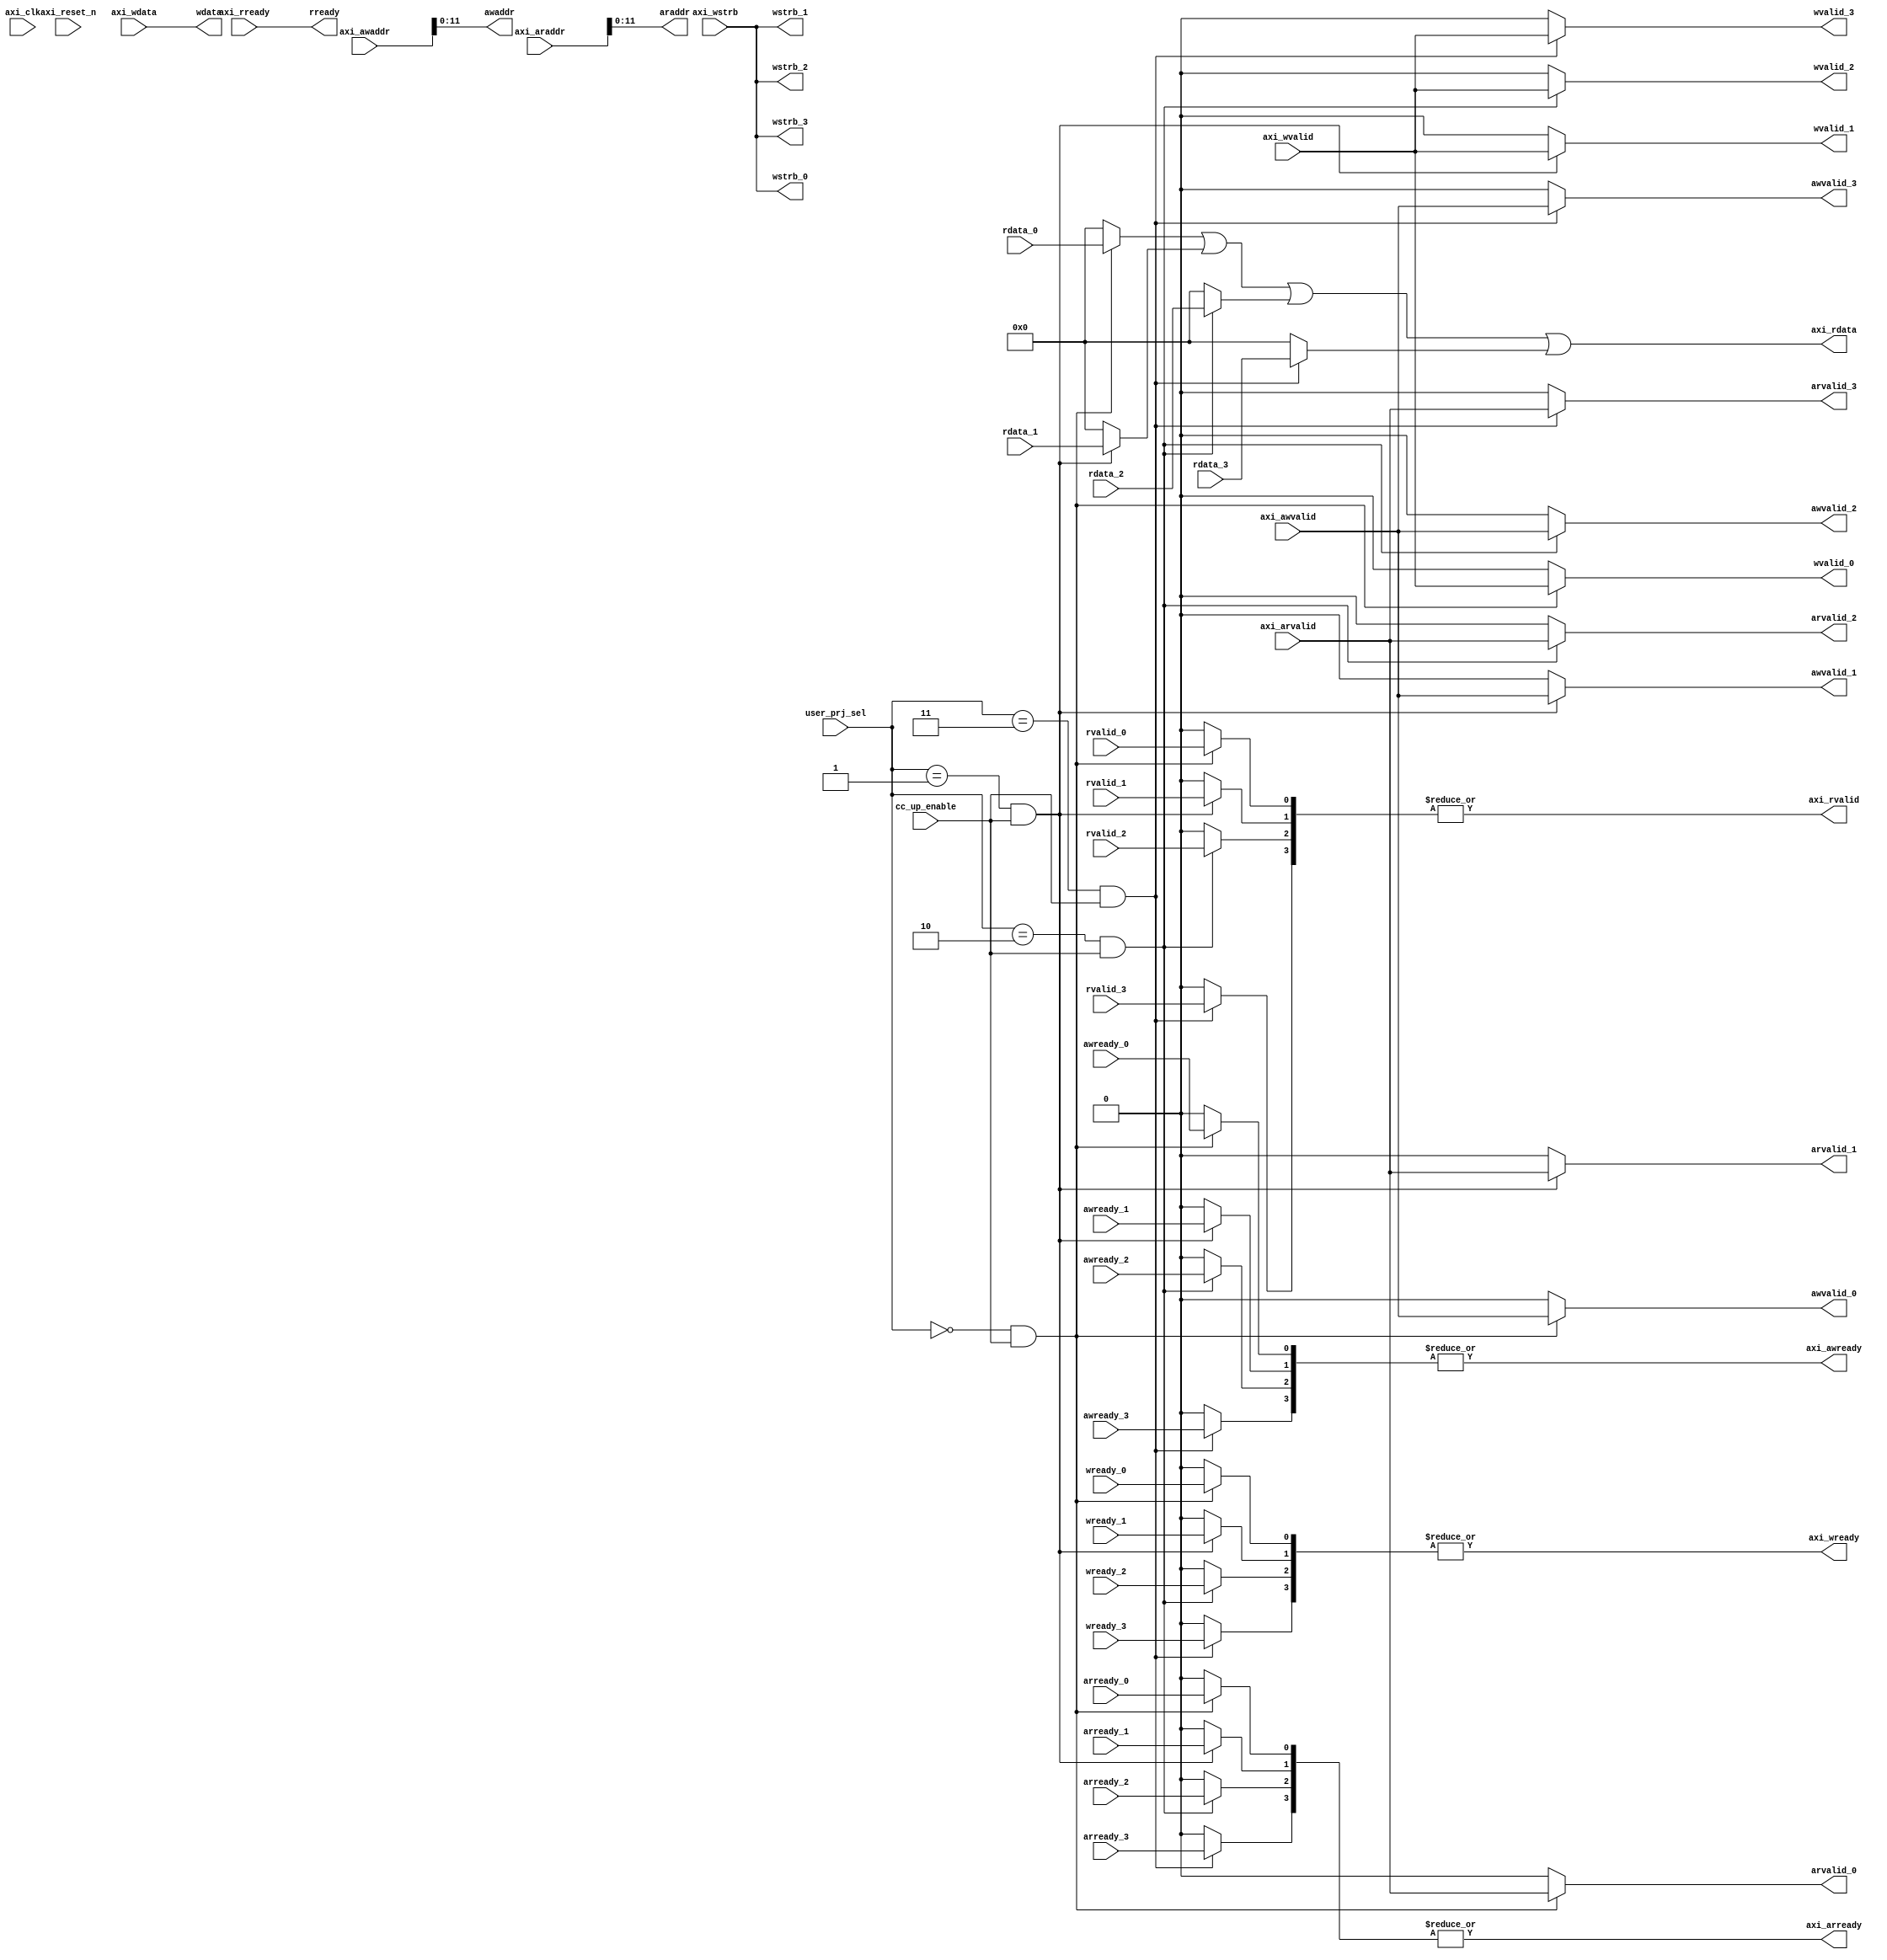
//////////////////////////////////////////////////////////////////////////////////
//
// Design Name:
// Module Name: AXIL_SLAV
// Project Name:
// Target Devices:
// Tool Versions:
// Description:
//
// Dependencies:
//
// Revision:
// Revision 0.01 - File Created
// Additional Comments:
//
//////////////////////////////////////////////////////////////////////////////////
module AXIL_SLAV #( parameter pADDR_WIDTH   = 12,
                    parameter pDATA_WIDTH   = 32
                  )
(
  input  wire                        awready_0,
  input  wire                        arready_0,
  input  wire                        wready_0,
  input  wire                        rvalid_0,
  input  wire  [(pDATA_WIDTH-1) : 0] rdata_0,
  input  wire                        awready_1,
  input  wire                        arready_1,
  input  wire                        wready_1,
  input  wire                        rvalid_1,
  input  wire  [(pDATA_WIDTH-1) : 0] rdata_1,
  input  wire                        awready_2,
  input  wire                        arready_2,
  input  wire                        wready_2,
  input  wire                        rvalid_2,
  input  wire  [(pDATA_WIDTH-1) : 0] rdata_2,
  input  wire                        awready_3,
  input  wire                        arready_3,
  input  wire                        wready_3,
  input  wire                        rvalid_3,
  input  wire  [(pDATA_WIDTH-1) : 0] rdata_3,
  output wire                        awvalid_0,
  output wire                [11: 0] awaddr,
  output wire                        arvalid_0,
  output wire                [11: 0] araddr,
  output wire                        wvalid_0,
  output wire                 [3: 0] wstrb_0,
  output wire  [(pDATA_WIDTH-1) : 0] wdata,
  output wire                        rready,
  output wire                        awvalid_1,
  output wire                        arvalid_1,
  output wire                        wvalid_1,
  output wire                 [3: 0] wstrb_1,
  output wire                        awvalid_2,
  output wire                        arvalid_2,
  output wire                        wvalid_2,
  output wire                 [3: 0] wstrb_2,
  output wire                        awvalid_3,
  output wire                        arvalid_3,
  output wire                        wvalid_3,
  output wire                 [3: 0] wstrb_3,
  input  wire                        axi_awvalid,
  input  wire                [14: 0] axi_awaddr,
  input  wire                        axi_arvalid,
  input  wire                [14: 0] axi_araddr,
  input  wire                        axi_wvalid,
  input  wire                 [3: 0] axi_wstrb,
  input  wire  [(pDATA_WIDTH-1) : 0] axi_wdata,
  input  wire                        axi_rready,
  input  wire                        cc_up_enable,
  output wire                        axi_awready,
  output wire                        axi_arready,
  output wire                        axi_wready,
  output wire                        axi_rvalid,
  output wire  [(pDATA_WIDTH-1) : 0] axi_rdata,
  input  wire                        axi_clk,
  input  wire                        axi_reset_n,
  input  wire                 [4: 0] user_prj_sel
);

wire  [3:0] axi_awready_bus;
assign axi_awready = |axi_awready_bus;

wire  [3:0] axi_wready_bus;
assign axi_wready = |axi_wready_bus;

wire  [3:0] axi_arready_bus;
assign axi_arready = |axi_arready_bus;

wire  [3:0] axi_rvalid_bus;
assign axi_rvalid = |axi_rvalid_bus;

wire  [(pDATA_WIDTH-1) : 0] axi_rdata_bus[3:0];
assign axi_rdata = axi_rdata_bus[0] | axi_rdata_bus[1] | axi_rdata_bus[2] | axi_rdata_bus[3];

//user project 0 
assign awvalid_0 = ( (user_prj_sel == 5'b00000) && cc_up_enable) ? axi_awvalid : 0;
assign axi_awready_bus[0] = ( (user_prj_sel == 5'b00000) && cc_up_enable) ? awready_0 : 0;
assign awaddr = axi_awaddr[11:0];
assign wstrb_0 = axi_wstrb;    //[TODO] share wstrb for all user projects.

assign wvalid_0 = ( (user_prj_sel == 5'b00000) && cc_up_enable) ? axi_wvalid : 0;
assign axi_wready_bus[0] = ( (user_prj_sel == 5'b00000) && cc_up_enable) ? wready_0 : 0;
assign wdata = axi_wdata;

assign arvalid_0 = ( (user_prj_sel == 5'b00000) && cc_up_enable) ? axi_arvalid : 0;
assign axi_arready_bus[0] = ( (user_prj_sel == 5'b00000) && cc_up_enable) ? arready_0 : 0;
assign araddr = axi_araddr;

assign axi_rvalid_bus[0] = ( (user_prj_sel == 5'b00000) && cc_up_enable) ? rvalid_0 : 0;
assign rready = axi_rready;
assign axi_rdata_bus[0] = ( (user_prj_sel == 5'b00000) && cc_up_enable) ? rdata_0 : 0;

//user project 1 
assign awvalid_1 = ( (user_prj_sel == 5'b00001) && cc_up_enable) ? axi_awvalid : 0;
assign axi_awready_bus[1] = ( (user_prj_sel == 5'b00001) && cc_up_enable) ? awready_1 : 0;
assign awaddr = axi_awaddr[11:0];
assign wstrb_1 = axi_wstrb;    //[TODO] share wstrb for all user projects.

assign wvalid_1 = ( (user_prj_sel == 5'b00001) && cc_up_enable) ? axi_wvalid : 0;
assign axi_wready_bus[1] = ( (user_prj_sel == 5'b00001) && cc_up_enable) ? wready_1 : 0;
assign wdata = axi_wdata;

assign arvalid_1 = ( (user_prj_sel == 5'b00001) && cc_up_enable) ? axi_arvalid : 0;
assign axi_arready_bus[1] = ( (user_prj_sel == 5'b00001) && cc_up_enable) ? arready_1 : 0;
assign araddr = axi_araddr;

assign axi_rvalid_bus[1] = ( (user_prj_sel == 5'b00001) && cc_up_enable) ? rvalid_1 : 0;
assign rready = axi_rready;
assign axi_rdata_bus[1] = ( (user_prj_sel == 5'b00001) && cc_up_enable) ? rdata_1 : 0;

//user project 2 
assign awvalid_2 = ( (user_prj_sel == 5'b00010) && cc_up_enable) ? axi_awvalid : 0;
assign axi_awready_bus[2] = ( (user_prj_sel == 5'b00010) && cc_up_enable) ? awready_2 : 0;
assign awaddr = axi_awaddr[11:0];
assign wstrb_2 = axi_wstrb;    //[TODO] share wstrb for all user projects.

assign wvalid_2 = ( (user_prj_sel == 5'b00010) && cc_up_enable) ? axi_wvalid : 0;
assign axi_wready_bus[2] = ( (user_prj_sel == 5'b00010) && cc_up_enable) ? wready_2 : 0;
assign wdata = axi_wdata;

assign arvalid_2 = ( (user_prj_sel == 5'b00010) && cc_up_enable) ? axi_arvalid : 0;
assign axi_arready_bus[2] = ( (user_prj_sel == 5'b00010) && cc_up_enable) ? arready_2 : 0;
assign araddr = axi_araddr;

assign axi_rvalid_bus[2] = ( (user_prj_sel == 5'b00010) && cc_up_enable) ? rvalid_2 : 0;
assign rready = axi_rready;
assign axi_rdata_bus[2] = ( (user_prj_sel == 5'b00010) && cc_up_enable) ? rdata_2 : 0;

//user project 3 
assign awvalid_3 = ( (user_prj_sel == 5'b00011) && cc_up_enable) ? axi_awvalid : 0;
assign axi_awready_bus[3] = ( (user_prj_sel == 5'b00011) && cc_up_enable) ? awready_3 : 0;
assign awaddr = axi_awaddr[11:0];
assign wstrb_3 = axi_wstrb;    //[TODO] share wstrb for all user projects.

assign wvalid_3 = ( (user_prj_sel == 5'b00011) && cc_up_enable) ? axi_wvalid : 0;
assign axi_wready_bus[3] = ( (user_prj_sel == 5'b00011) && cc_up_enable) ? wready_3 : 0;
assign wdata = axi_wdata;

assign arvalid_3 = ( (user_prj_sel == 5'b00011) && cc_up_enable) ? axi_arvalid : 0;
assign axi_arready_bus[3] = ( (user_prj_sel == 5'b00011) && cc_up_enable) ? arready_3 : 0;
assign araddr = axi_araddr;

assign axi_rvalid_bus[3] = ( (user_prj_sel == 5'b00011) && cc_up_enable) ? rvalid_3 : 0;
assign rready = axi_rready;
assign axi_rdata_bus[3] = ( (user_prj_sel == 5'b00011) && cc_up_enable) ? rdata_3 : 0;


endmodule // AXIL_SLAV